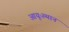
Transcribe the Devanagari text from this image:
आयूःस्थान